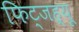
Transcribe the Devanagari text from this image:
फिट्जह्यू